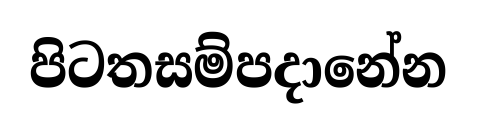
පිටතසම්පදානේන